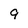
Character: 9